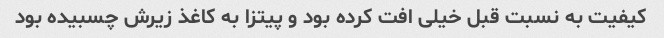
کیفیت به نسبت قبل خیلی افت کرده بود و پیتزا به کاغذ زیرش چسبیده بود